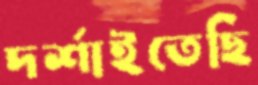
দর্শাইতেছি